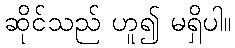
ဆိုင်သည် ဟူ၍ မရှိပါ။